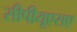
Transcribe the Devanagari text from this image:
सीपीयूएसए